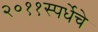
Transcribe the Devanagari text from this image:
२०११स्पर्धेचे